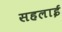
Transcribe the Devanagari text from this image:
सहलाई